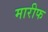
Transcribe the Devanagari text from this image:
मारीफ